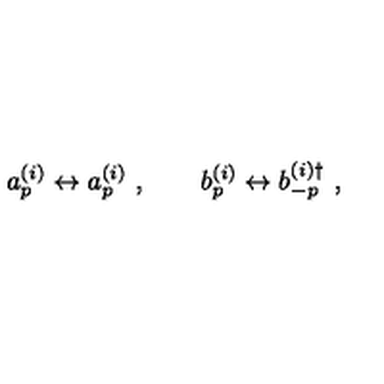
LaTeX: a _ { p } ^ { ( i ) } \leftrightarrow a _ { p } ^ { ( i ) } \ , \qquad b _ { p } ^ { ( i ) } \leftrightarrow b _ { - p } ^ { ( i ) \dagger } \ ,